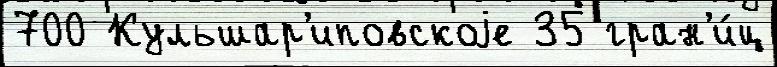
700 Кульшар'иповскоjе 35 гран'и́ц